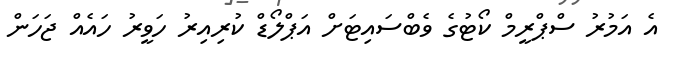
އެ އަމުރު ސްޕްރީމް ކޯޓުގެ ވެބްސައިޓަށް އަޕްލޯޑް ކުރިއިރު ހަވީރު ހައެއް ޖަހަން